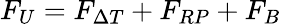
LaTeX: F_{U}=F_{\Delta T}+F_{RP}+F_{B}